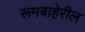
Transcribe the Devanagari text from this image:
रूमबाहेरील